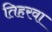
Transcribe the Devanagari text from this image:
तिहरवा